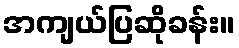
အကျယ်ပြဆိုခန်း။